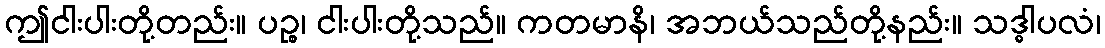
ဤငါးပါးတို့တည်း။ ပဉ္စ၊ ငါးပါးတို့သည်။ ကတမာနိ၊ အဘယ်သည်တို့နည်း။ သဒ္ဓါပလံ၊